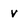
Character: v